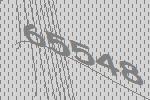
65548